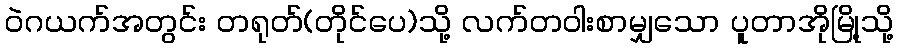
ဝဲဂယက်အတွင်း တရုတ်(တိုင်ပေ)သို့ လက်တဝါးစာမျှသော ပူတာအိုမြို့သို့